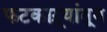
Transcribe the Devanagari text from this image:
फटकाऱ्यांतून